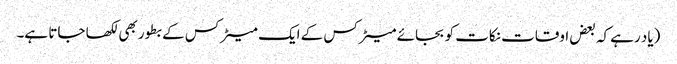
(یاد رہے کہ بعض اوقات نکات کو بجائے میٹرکس کے ایک میٹرکس کے بطور بھی لکھا جاتا ہے۔